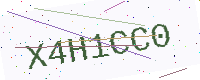
Text: X4H1CC0